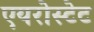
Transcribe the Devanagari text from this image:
एयरोस्टेट